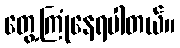
တွေ့ကြုံနေရပါတယ်။